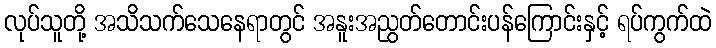
လုပ်သူတို့ အသိသက်သေနေရာတွင် အနူးအညွတ်တောင်းပန်ကြောင်းနှင့် ရပ်ကွက်ထဲ